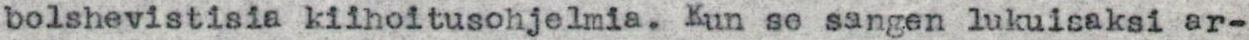
bolshevistisia kiihoitusohjelmia. Kun se sangen lukuisaksi ar-